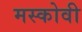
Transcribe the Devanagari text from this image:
मस्कोवी